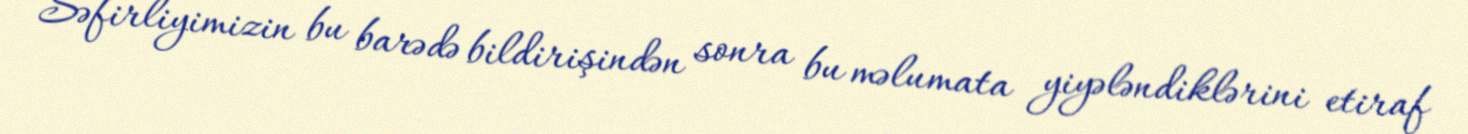
Səfirliyimizin bu barədə bildirişindən sonra bu məlumata yiyələndiklərini etiraf